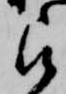
被